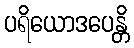
ပရိယောဒပေန္တိ